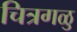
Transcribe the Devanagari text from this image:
चित्रगळु